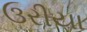
ઉરીયા